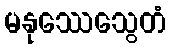
မနုဿေသွေတံ